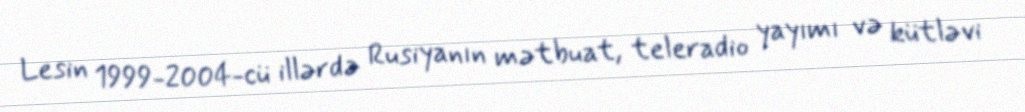
Lesin 1999-2004-cü illərdə Rusiyanın mətbuat, teleradio yayımı və kütləvi